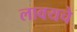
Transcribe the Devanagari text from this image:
लावयचे